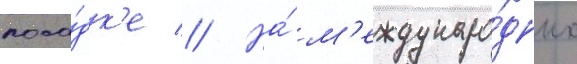
поса́дк'е // На́ м'еждунаро́дных